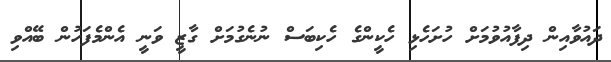
ދައުވާއިން ދިފާއުވުމަށް ހުށަހެޅި ހެކީންގެ ހެކިބަސް ނުނެގުމަށް ގާޒީ ވަނީ އެންމެފަހުން ބޭއްވި